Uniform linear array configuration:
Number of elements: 4
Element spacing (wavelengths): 1
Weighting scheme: kaiser
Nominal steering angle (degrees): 15
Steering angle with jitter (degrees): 16.686
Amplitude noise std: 0.05
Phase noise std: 0.05

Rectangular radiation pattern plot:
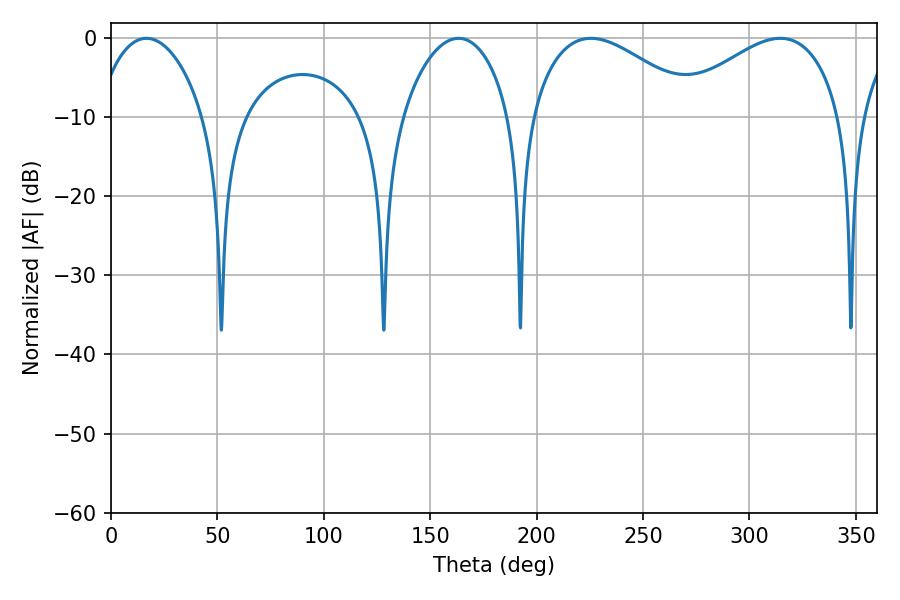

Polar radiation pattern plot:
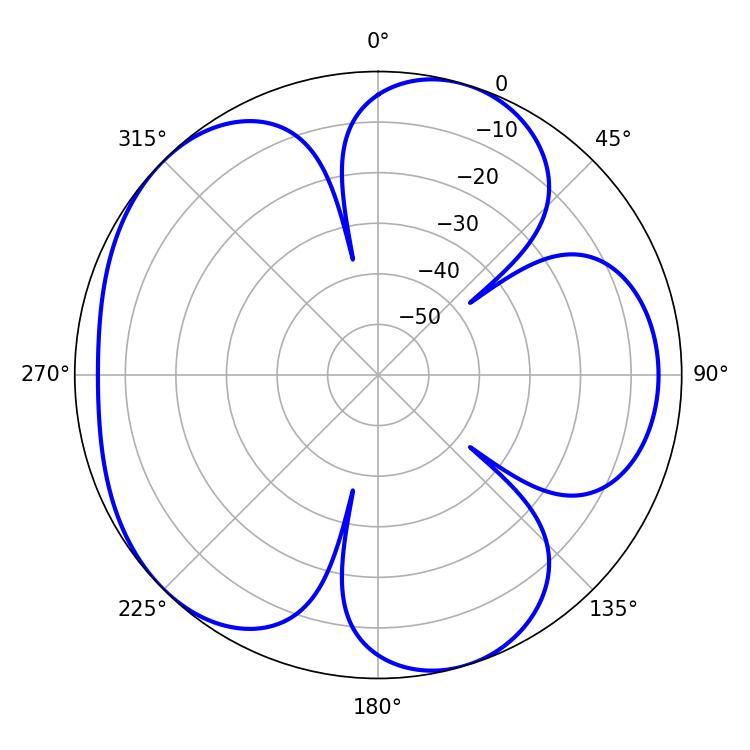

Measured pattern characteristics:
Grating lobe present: TRUE
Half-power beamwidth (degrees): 43.2
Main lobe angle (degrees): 225.54